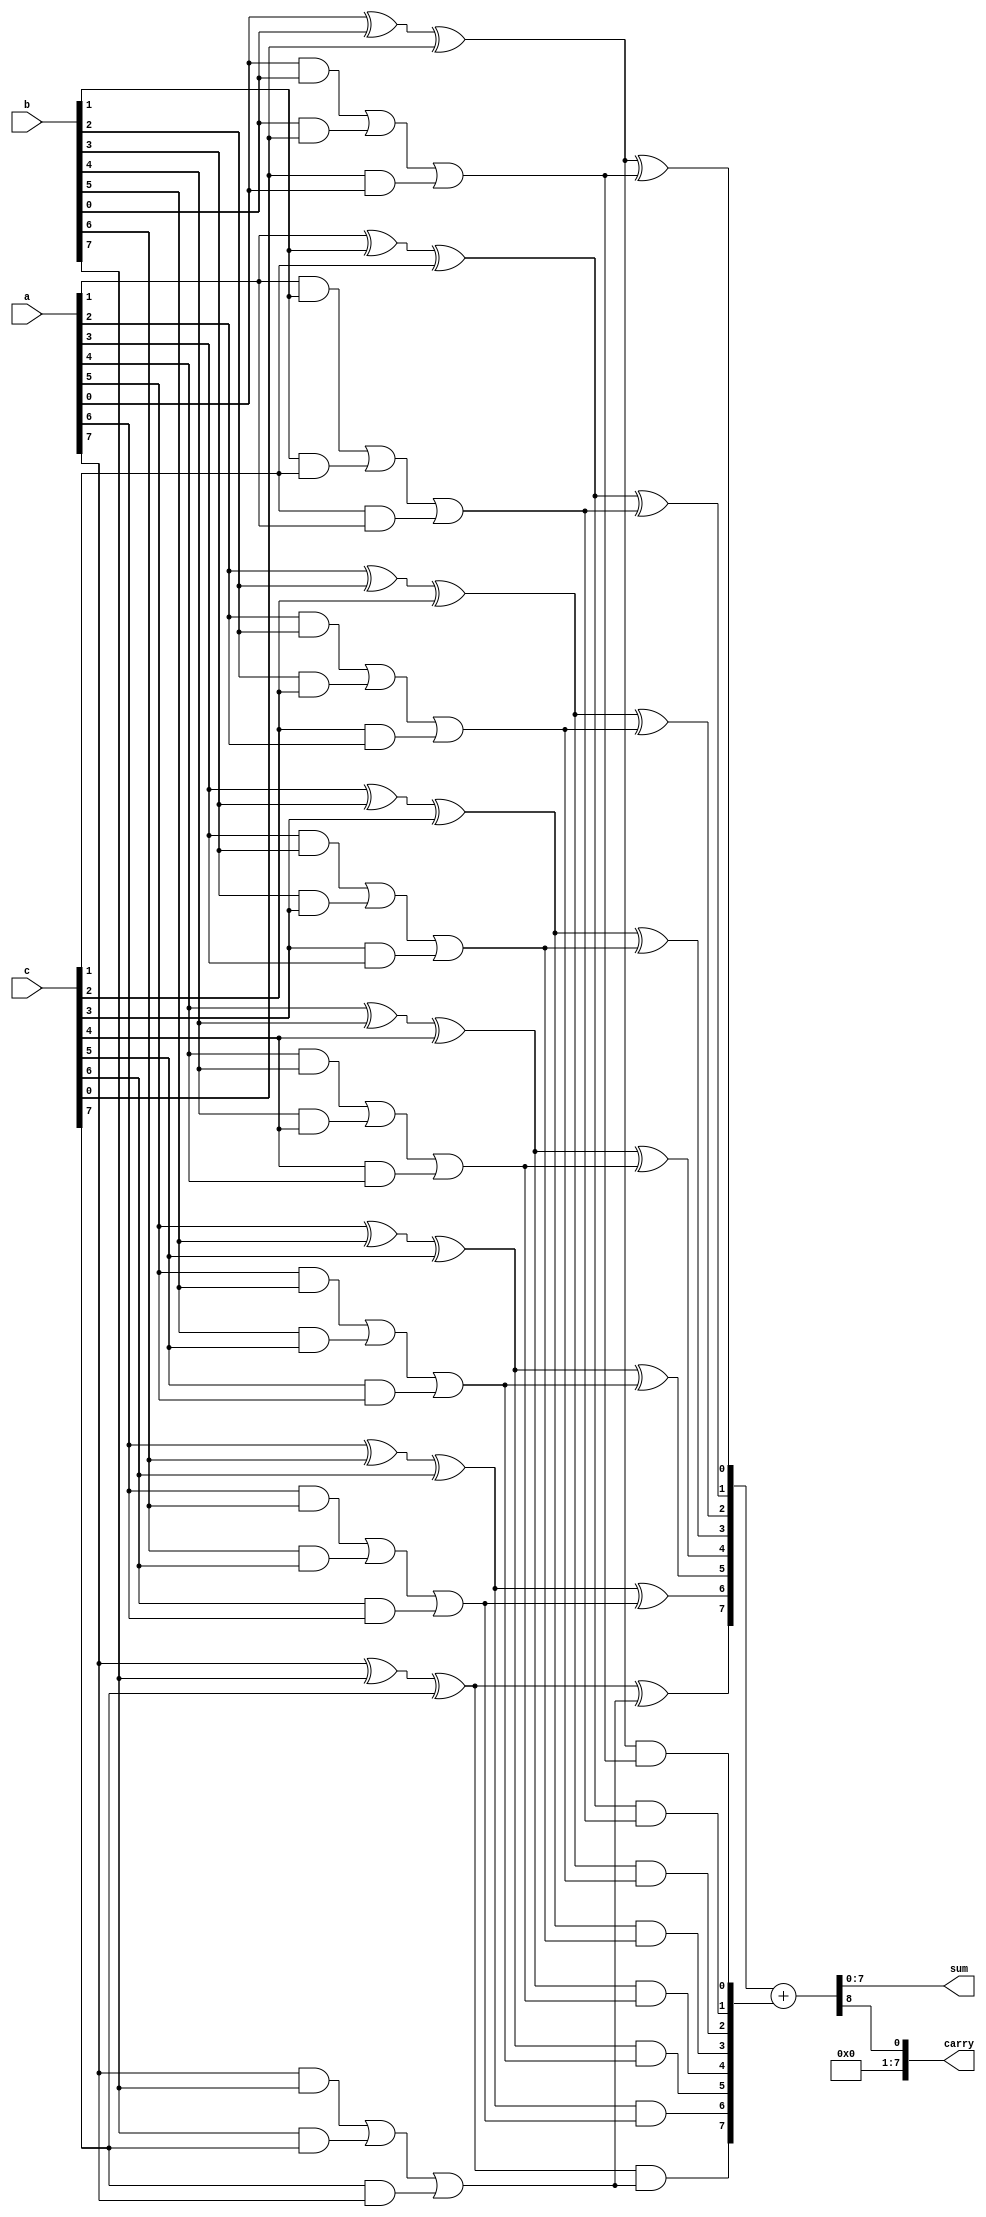
module carry_save_adder (
    input [N-1:0] a,  // First input
    input [N-1:0] b,  // Second input
    input [N-1:0] c,  // Third input
    output [N-1:0] sum, // Final sum output
    output [N-1:0] carry // Final carry output
);
    parameter N = 8; // Width of the inputs

    // Intermediate sums and carries
    wire [N-1:0] sum1, carry1;
    wire [N-1:0] sum2, carry2;

    // First level of CSA
    genvar i;
    generate
        for (i = 0; i < N; i = i + 1) begin : CSA_level1
            assign sum1[i] = a[i] ^ b[i] ^ c[i]; // Sum output
            assign carry1[i] = (a[i] & b[i]) | (b[i] & c[i]) | (c[i] & a[i]); // Carry output
        end
    endgenerate

    // Second level of CSA (to combine the first level results)
    generate
        for (i = 0; i < N; i = i + 1) begin : CSA_level2
            assign sum2[i] = sum1[i] ^ carry1[i]; // Sum output
            assign carry2[i] = sum1[i] & carry1[i]; // Carry output
        end
    endgenerate

    // Final addition (using a simple ripple carry adder)
    wire [N:0] final_sum; // Extra bit for carry out
    assign final_sum = {1'b0, sum2} + {1'b0, carry2}; // Add sum2 and carry2

    // Assign final outputs
    assign sum = final_sum[N-1:0]; // Final sum output
    assign carry = final_sum[N]; // Final carry output

endmodule